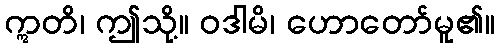
ဣတိ၊ ဤသို့။ ဝဒါမိ၊ ဟောတော်မူ၏။